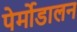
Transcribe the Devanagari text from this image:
पेर्मोडालन